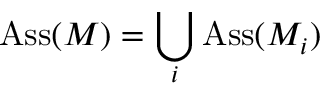
\operatorname { A s s } ( M ) = \bigcup _ { i } \operatorname { A s s } ( M _ { i } )